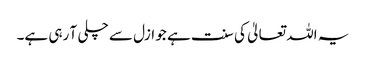
یہ اللہ تعالیٰ کی سنت ہے جو ازل سے چلی آ رہی ہے۔